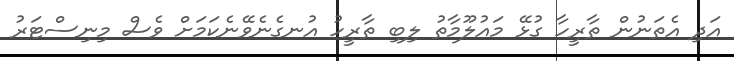
އަދި އެތަނުން ތާރީހާ ގުޅޭ މައުލޫމާތު ލިބި ތާރީހު އުނގެނެވޭނެކަމަށް ވެސް މިނިސްޓަރު